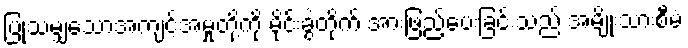
ပြုသမျှသောအကျင့်အမှုတို့ကို မိုင်းခွဲတိုက် အားဖြည့်ပေးခြင်းသည် အမျိုးသားစီမံ